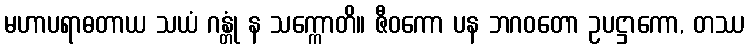
မဟာပရာဓတာယ သယံ ဂန္တုံ န သက္ကောတိ။ ဇီဝကော ပန ဘဂဝတော ဥပဋ္ဌာကော, တဿ